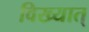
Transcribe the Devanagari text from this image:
विख्यात्